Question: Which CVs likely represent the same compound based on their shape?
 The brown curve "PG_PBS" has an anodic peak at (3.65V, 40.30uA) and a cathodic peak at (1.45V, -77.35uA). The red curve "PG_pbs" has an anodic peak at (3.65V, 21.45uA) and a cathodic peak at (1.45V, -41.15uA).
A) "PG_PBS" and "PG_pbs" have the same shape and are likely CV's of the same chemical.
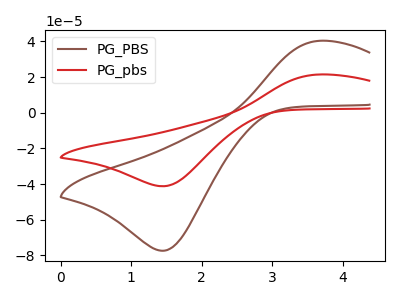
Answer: <think>All the peaks in "PG_PBS" have a peak in "PG_pbs" at the same potential. Every peak in "PG_PBS" is higher than every peak in "PG_pbs".
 </think>
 <answer>A) "PG_PBS" and "PG_pbs" have the same shape and are likely CV's of the same chemical.</answer>
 <eval>A</eval>